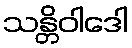
သန္တိဝါဒေါ